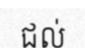
ជល់